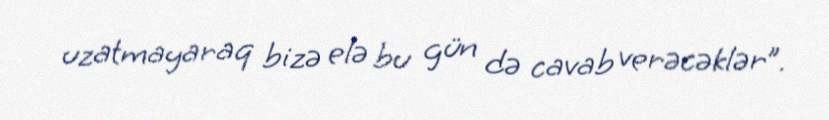
uzatmayaraq bizə elə bu gün də cavab verəcəklər”.